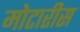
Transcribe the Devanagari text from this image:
मोटारीस